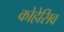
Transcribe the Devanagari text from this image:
कोहेसिव